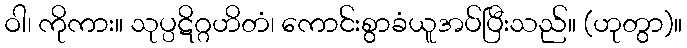
ဝါ၊ ကိုကား။ သုပ္ပဋိဂ္ဂဟိတံ၊ ကောင်းစွာခံယူအပ်ပြီးသည်။ (ဟုတွာ)။